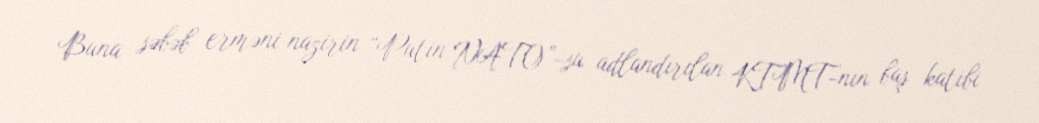
Buna səbəb erməni nazirin “Putin NATO”-su adlandırılan KTMT-nın baş katibi